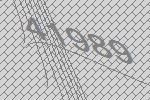
41989